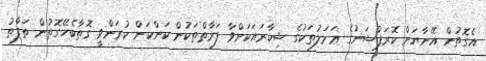
އެގޮތުން އޭނާޔަށް ކޮރަޕްޝަނުގެ ޢަމަލުތަކުގެ ޝިކާރައަކަށްވާ ފަރާތްތަކުން ކަންކަން ކުރަންވީ ގޮތާބެހޭގޮތުން ތަފާތު